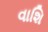
વાશિ